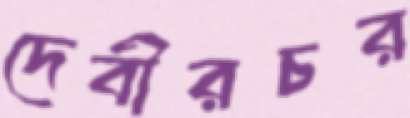
দেবীরচর